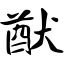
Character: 猷